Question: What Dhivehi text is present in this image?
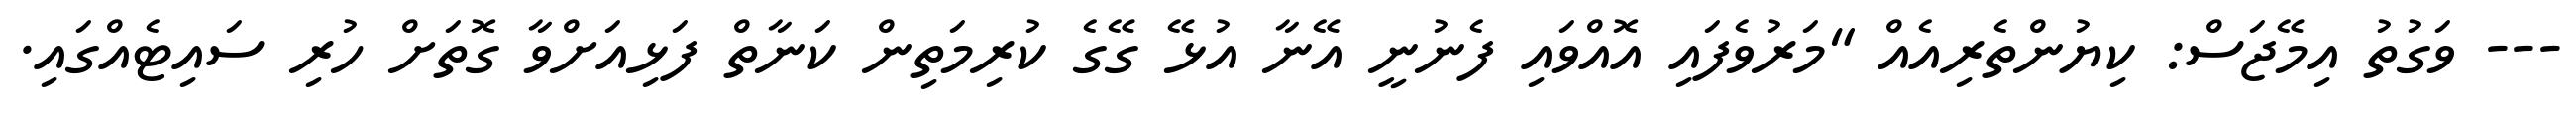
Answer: --- ވަގުތު އިމޭޖަސް: ކިޔުންތެރިއެއް "މަރުވެފައި އޮއްވައި ފެނުނީ އޭނާ އުޅޭ ގޭގެ ކުރިމަތިން ކަނާތް ފަޅިއަށްވާ ގޮތަށް ހުރި ސައިޓެއްގައި.